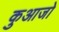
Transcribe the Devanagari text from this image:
कुआजो